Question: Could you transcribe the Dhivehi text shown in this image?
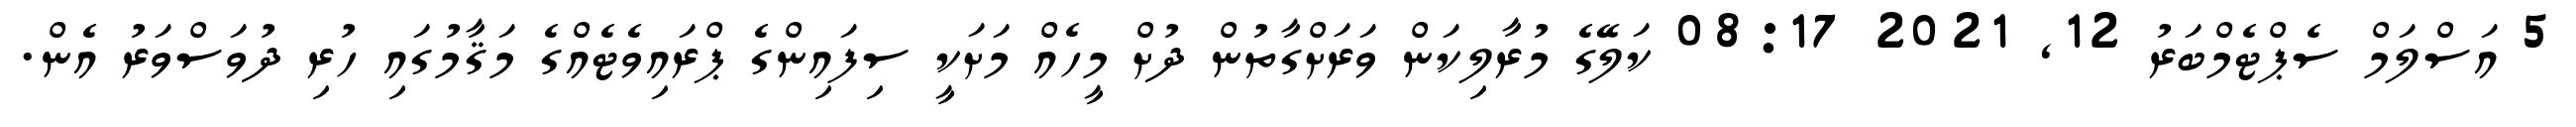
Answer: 5 އަސްލަމް ސެޕްޓެމްބަރު 12, 2021 08:17 ކަލޭގެ މުރާލިކަން ވަރަށްގާތުން ދުށް މީހެއް މަށަކީ ސިފައިންގެ ޕްރައިވެޓެއްގެ މަޤާމުގައި ހުރި ދުވަސްވަރު އެން.